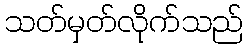
သတ်မှတ်လိုက်သည်